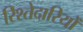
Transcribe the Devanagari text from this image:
रिश्तेदारियों